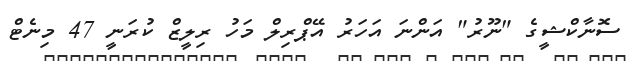
ސޮނާކްޝީގެ "ނޫރު" އަންނަ އަހަރު އޭޕްރިލް މަހު ރިލީޒް ކުރަނީ 47 މިނެޓް